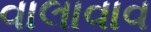
વાલાવાવ